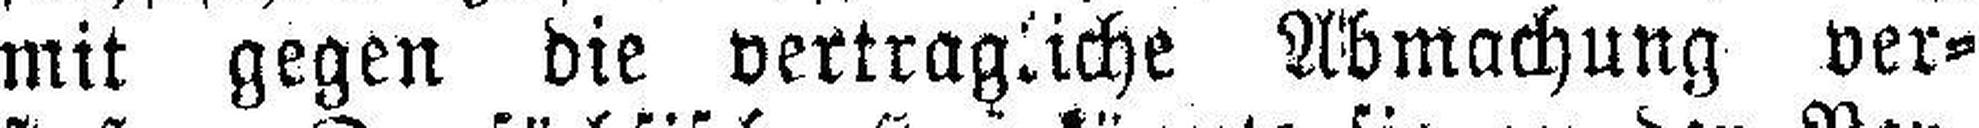
mit gegen die vertragliche Abmachung ver¬